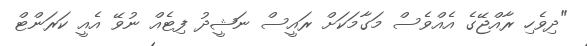
"ދިވެހި ރާއްޖޭގެ އެއްވެސް މަގާމަކަށް ރައީސް ނަޝީދު ފިޓެއް ނުވޭ އެއީ ކަރަންޓް